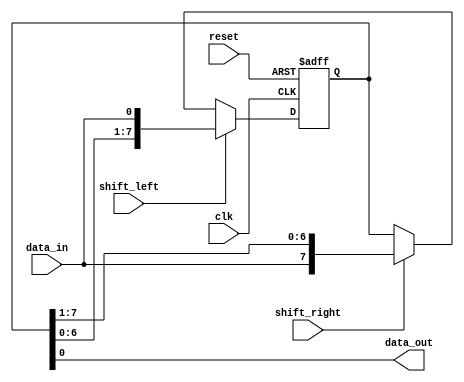
module bidirectional_shift_register (
    input wire clk,
    input wire reset,
    input wire shift_left,
    input wire shift_right,
    input wire data_in,
    output wire data_out
);

reg [7:0] reg_data;

always @ (posedge clk or posedge reset) begin
    if (reset) begin
        reg_data <= 8'b0;
    end else begin
        if (shift_left) begin
            reg_data <= {reg_data[6:0], data_in};
        end else if (shift_right) begin
            reg_data <= {data_in, reg_data[7:1]};
        end
    end
end

assign data_out = reg_data[0];

endmodule